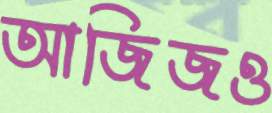
আজিজও